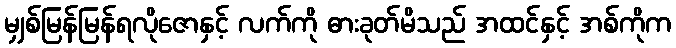
မျှစ်မြန်မြန်ရလိုဇောနှင့် လက်ကို ဓားခုတ်မိသည် အထင်နှင့် အစ်ကိုက